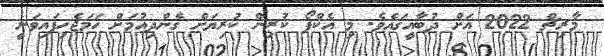
މާރިޗް 2022 އަށް ދުބާއީގައެވެ. މި އެކްޕޯ ކުރިން ކުރިޔަށް ގެންދިއުމަށް ހަމަޖެހިފައިވަނީ